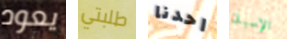
يعود طلبتي احدنا الإسبان